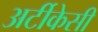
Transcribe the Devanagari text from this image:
अर्टीकेसी